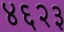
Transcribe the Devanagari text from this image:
४६२३